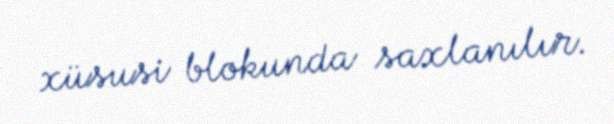
xüsusi blokunda saxlanılır.